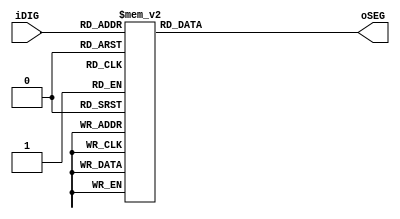
module SEG7_LUT(oSEG, iDIG);
	input[3:0] iDIG;
	output reg[6:0] oSEG;

	
	always@(iDIG)begin
	
		case({iDIG})
			4'h0: oSEG =  7'b1000000;
			4'h1: oSEG = ~7'b0000110;
			4'h2: oSEG =  7'b1001101;
			4'h3: oSEG =  7'b1001111;
			4'h4: oSEG =  7'b1100110;
			4'h5: oSEG =  7'b1101101;
			4'h6: oSEG = ~7'b0000010;
			4'h7: oSEG =  7'b0000111;
			4'h8: oSEG = ~7'b0000000;
			4'h9: oSEG = ~7'b0010000;
			4'ha: oSEG = ~7'b0001000;
			4'hb: oSEG = ~7'b0000010;
			4'hc: oSEG = ~7'b1000110;
			4'hd: oSEG = ~7'b0100000;
			4'he: oSEG = ~7'b0000110;
			4'hf: oSEG = ~7'b0001110;
			
			endcase
end
endmodule